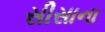
સીસાના